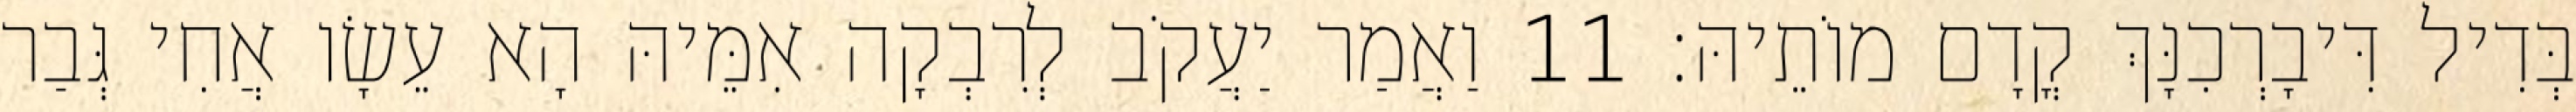
בְּדִיל דִּיבָרְכִנָּךְ קֳדָם מוֹתֵיהּ׃ 11 וַאֲמַר יַעֲקֹב לְרִבְקָה אִמֵּיהּ הָא עֵשָׂו אֲחִי גְּבַר